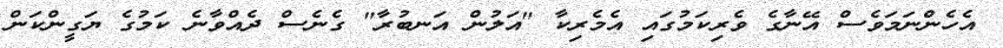
އެހެންނަމަވެސް އޭނާގެ ވެރިކަމުގައި އެމެރިކާ "އަލުން އަނބުރާ" ގެނެސް ދެއްވާނެ ކަމުގެ ޔަގީންކަން